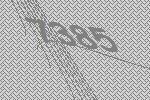
7385